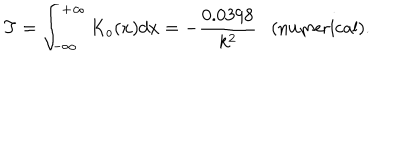
T = \int _ { - \infty } ^ { + \infty } K _ { o } ( x ) d x = - \frac { 0 . 0 3 9 8 } { k ^ { 2 } } \ \ \ \mathrm { ( n u m e r i c a l ) } .